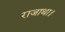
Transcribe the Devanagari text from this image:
राजाथा।